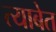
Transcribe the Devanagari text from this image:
त्याबेत